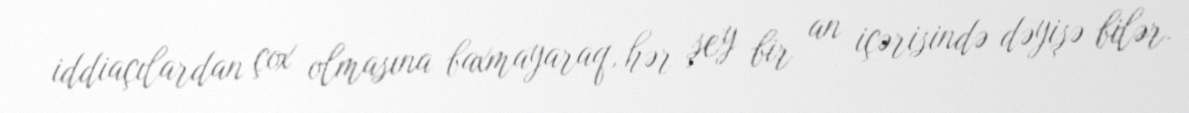
iddiaçılardan çox olmasına baxmayaraq, hər şey bir an içərisində dəyişə bilər.